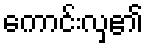
ကောင်းလှ၏